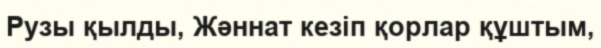
Рузы қылды, Жәннат кезіп қорлар құштым,